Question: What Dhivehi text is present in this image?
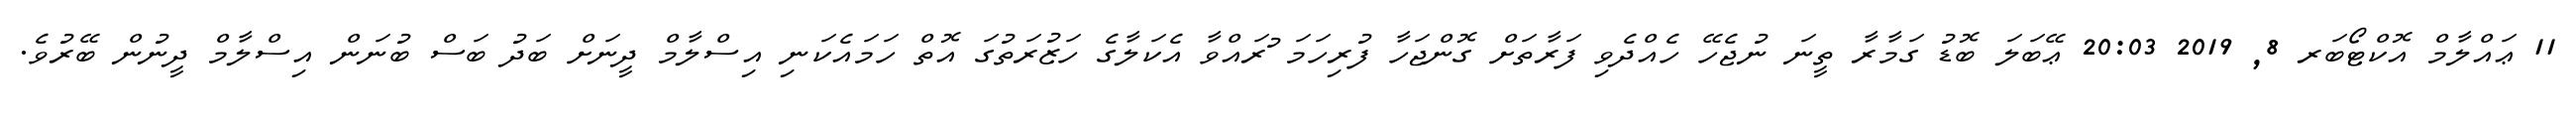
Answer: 11 ޢައްލާމް އޮކްޓޯބަރ 8, 2019 20:03 ޢޭބަލަ ބޮޑު ގަމާރާ ތީނަ ނުޖެހޭ ހެއްދެވި ފަރާތަށް ގޮންޖަހާ ފުރިހަމަ ުރައްވާ އެކަލާގެ ހަޒުރަތުގަ އޮތް ހަމައެކަނި އިސްލާމް ދީނަށް ބަދު ބަސް ބުނަން އިސްލާމް ދީނުން ބޭރުވެ.